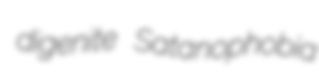
digenite Satanophobia